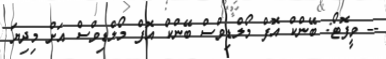
-- ވީފޮޓޯ: ބޭންކް އޮފް މޯލްޑިވްސް ބޭންކް އޮފް މޯލްޑިވްސް އަށް މިދިޔަ